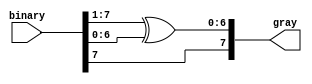
module bin_gry #(parameter N = 8)                   //parameter declaration
               (
               binary                              ,//input
               gray                                 //output
               )                                   ;

//port declaration
input       [N-1:0] binary                         ;//input declaration
output reg  [N-1:0] gray                           ;//output declaration

/*implement binary to gray conversion*/
always @ (binary)
   begin
      gray[N-1  ] = binary[N-1  ]                  ;//first bit is same as binary code
      gray[N-2:0] = binary[N-1:1] ^ binary[N-2:0]  ;//xor the first bit with 2nd bit and so on
   end

endmodule